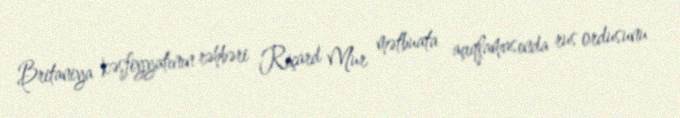
Britaniya kəşfiyyatının rəhbəri Riçard Mur mətbuata açıqlamasında rus ordusunu